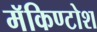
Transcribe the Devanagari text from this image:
मॅकिण्टोश